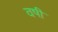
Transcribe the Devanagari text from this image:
वषी